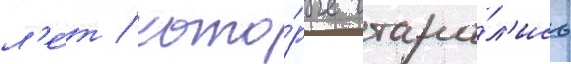
л'е́т / кото́рые стара́л'ись